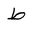
Letter: _da